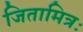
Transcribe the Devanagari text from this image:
जितामित्रः